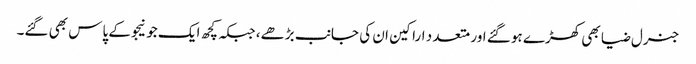
جنرل ضیا بھی کھڑے ہو گئے اور متعد د اراکین ان کی جانب بڑھے، جبکہ کچھ ایک جو نیجو کے پاس بھی گئے۔